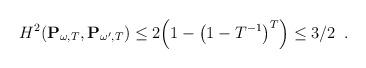
LaTeX: \begin{align*} H^2(\mathbf{P}_{\omega,T} , \mathbf{P}_{\omega',T})&\leq 2\Big(1 - \big(1 - T^{-1}\big)^T\Big) \leq 3/2\enspace.\end{align*}